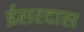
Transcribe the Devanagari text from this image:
ईसरदास